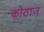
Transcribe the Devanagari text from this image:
कोठाज